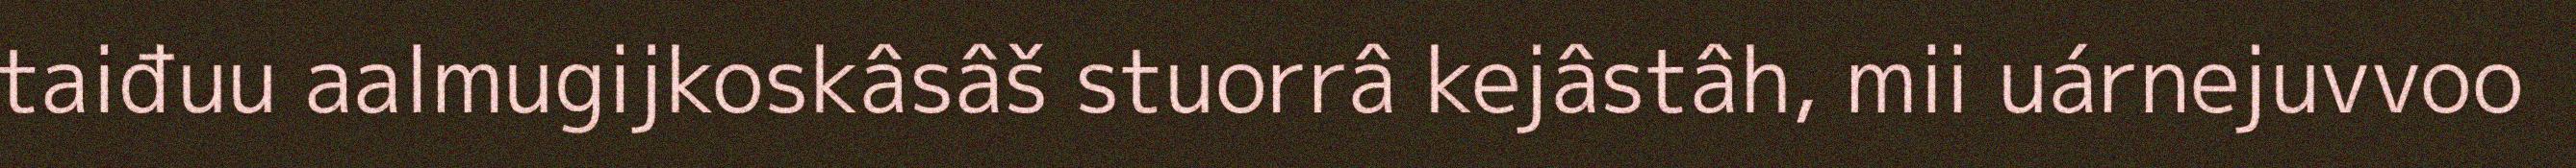
taiđuu aalmugijkoskâsâš stuorrâ kejâstâh, mii uárnejuvvoo